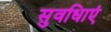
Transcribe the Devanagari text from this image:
सुवधिाएं